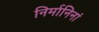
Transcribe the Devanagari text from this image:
निर्मानिनां